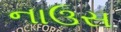
નાઉસ